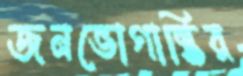
জনভোগান্তির